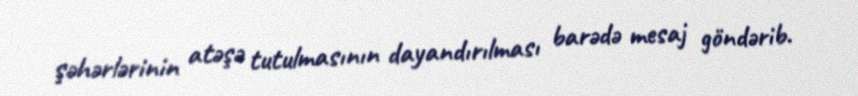
şəhərlərinin atəşə tutulmasının dayandırılması barədə mesaj göndərib.